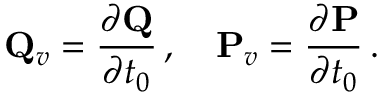
{ \bf Q } _ { v } = \frac { \partial { \bf Q } } { \partial t _ { 0 } } \, , \quad { \bf P } _ { v } = \frac { \partial { \bf P } } { \partial t _ { 0 } } \, .